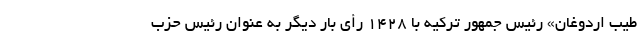
طیب اردوغان» رئیس جمهور ترکیه با ۱۴۲۸ رأی بار دیگر به عنوان رئیس حزب